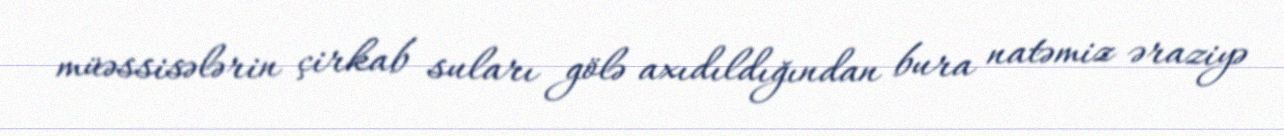
müəssisələrin çirkab suları gölə axıdıldığından bura natəmiz əraziyə